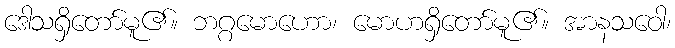
ဒေါသရှိတော်မူ၏။ ဘဂ္ဂမောဟော၊ မောဟရှိတော်မူ၏။ အာနသဝေါ၊